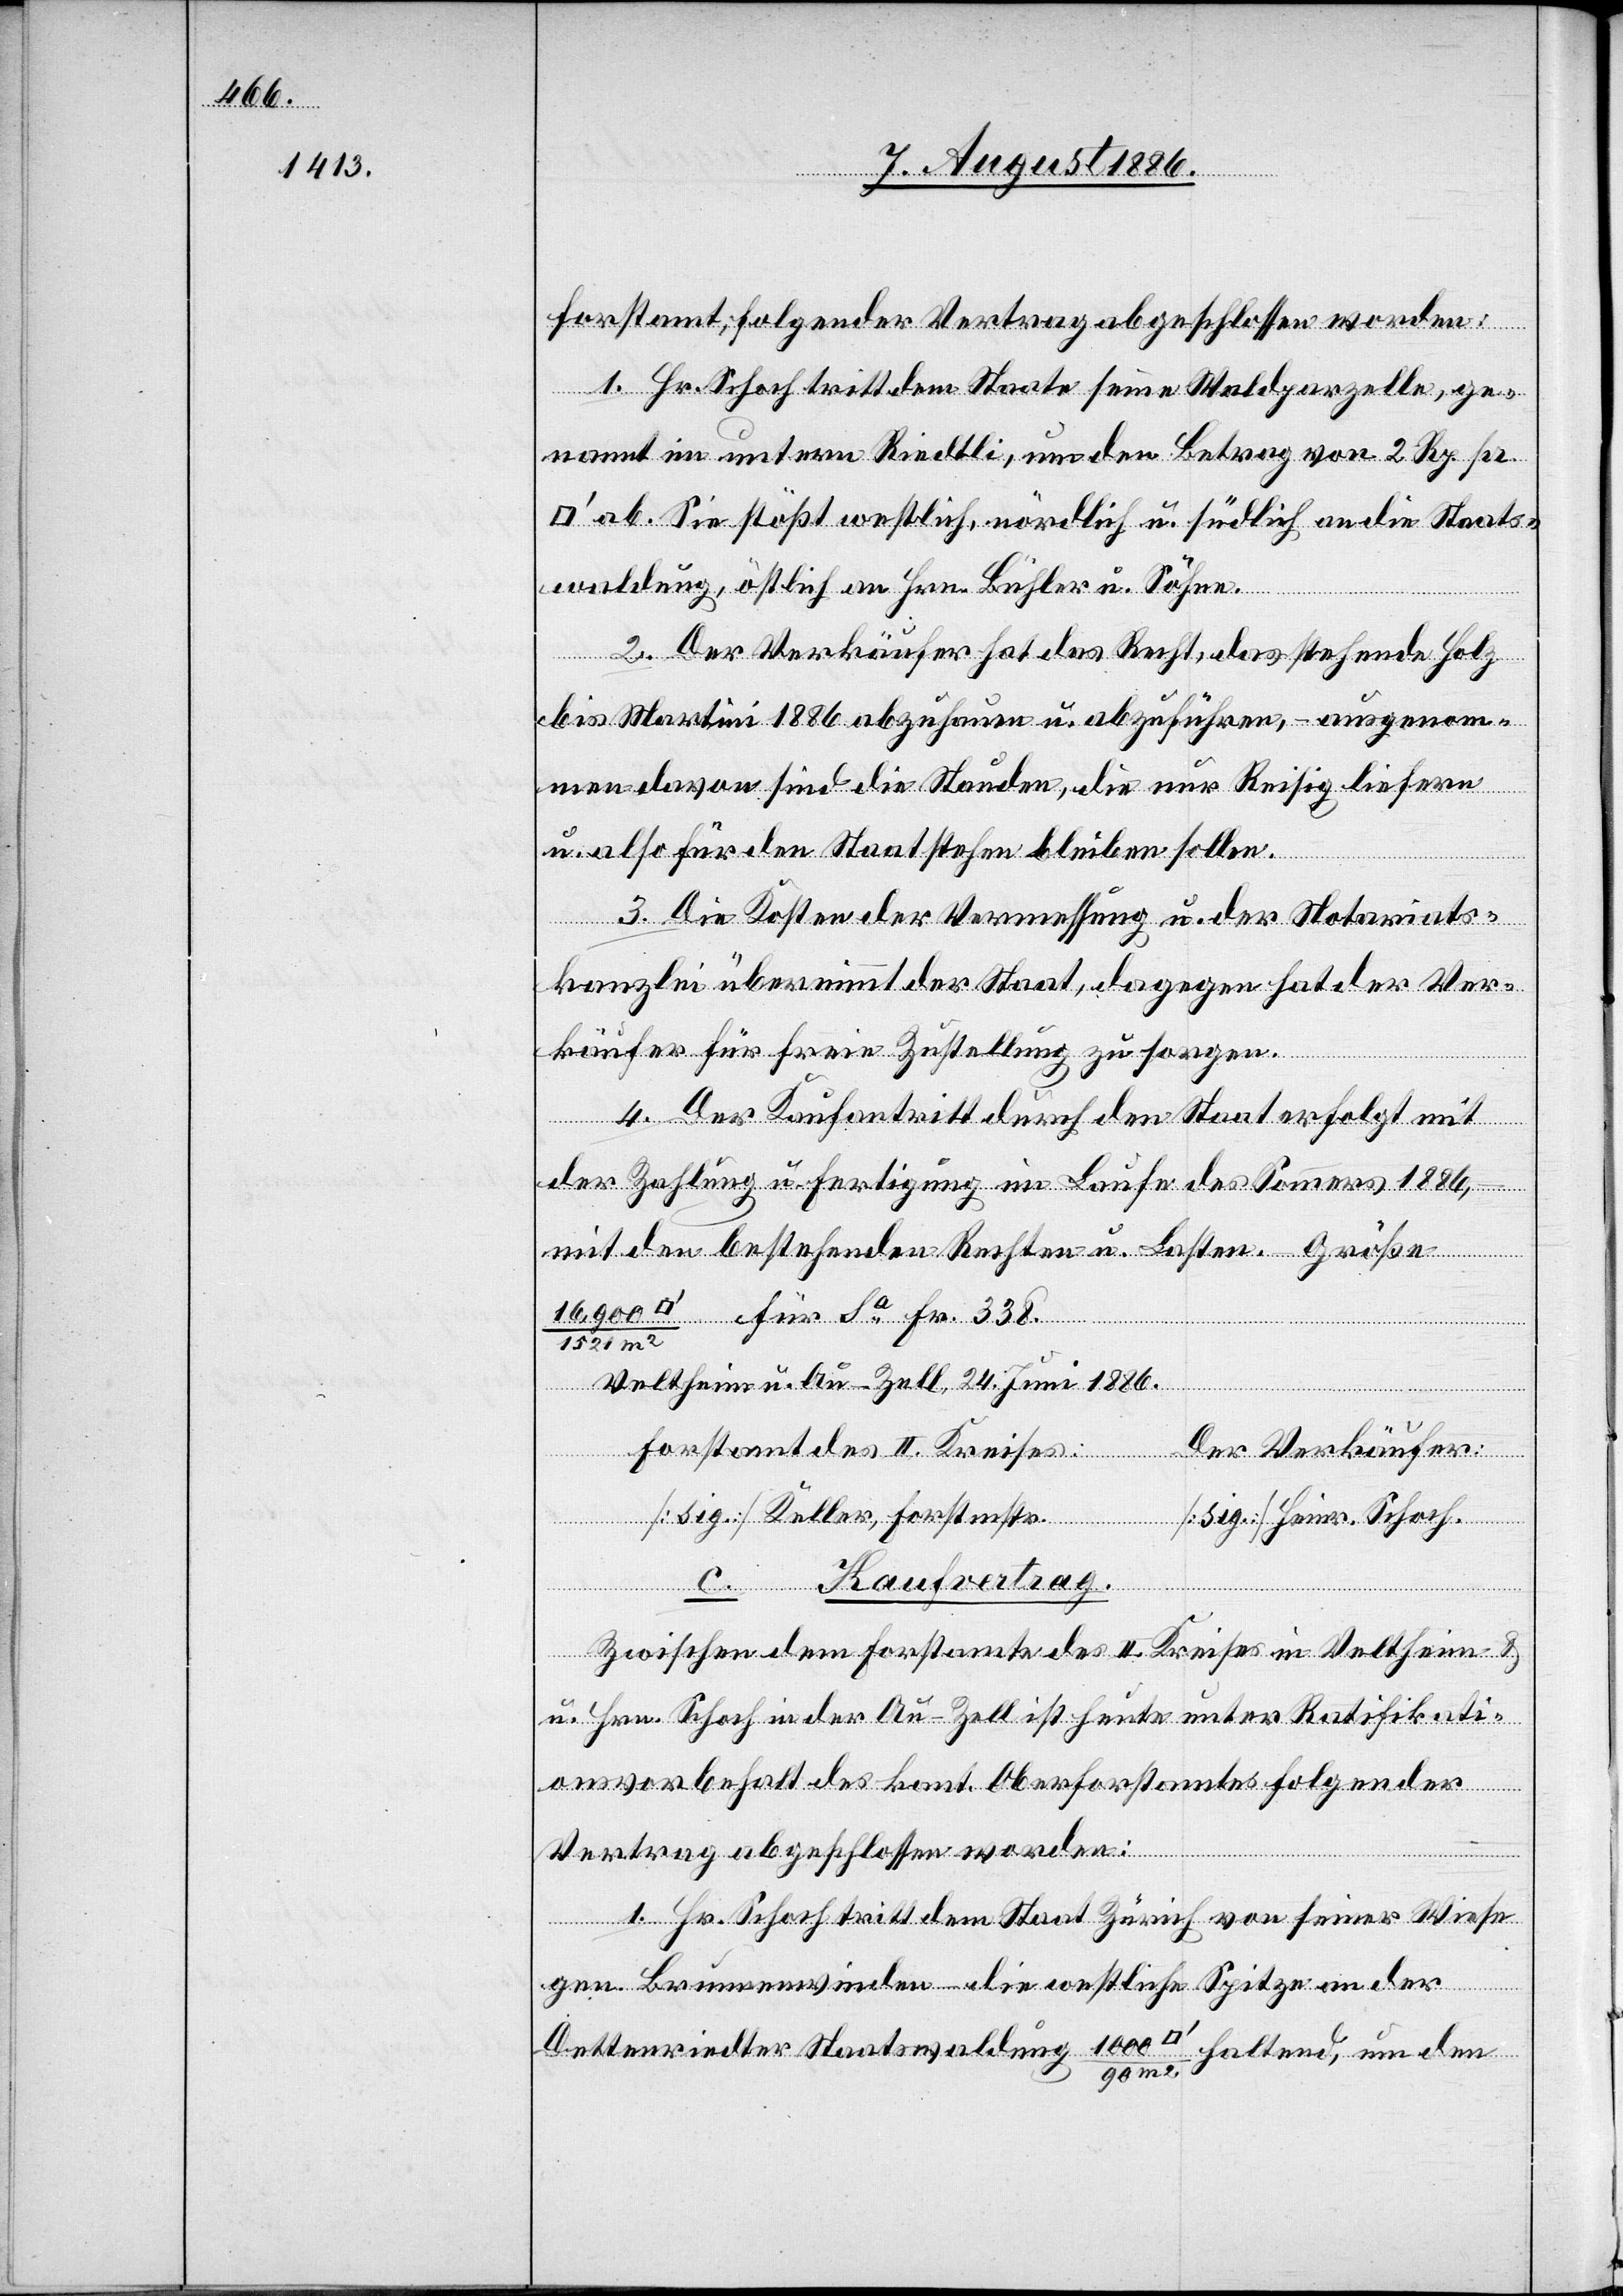
forstamt, folgender Vertrag abgeschlossen worden:
1. Hr. Schoch tritt dem Staate seine Waldparzelle, ge¬
nannt im untern Riedtli, um den Betrag von 2 Rp. pr.
ab. Sie stößt westlich, nördlich u. südlich an die Staats¬
waldung, östlich an Hrn. Bühler u. Söhne.
2. Der Verkäufer hat das Recht, das stehende Holz
bis Martini 1886 abzuhauen u. abzuführen, – ausgenom¬
men davon sind die Stauden, die nur Reisig liefern
u. also für den Staat stehen bleiben sollen.
3. Die Kosten der Vermessung u. der Notariats¬
kanzlei übernimmt der Staat, dagegen hat der Ver¬
käufer für freie Zustellung zu sorgen.
4. Der Kaufantritt durch den Staat erfolgt mit
der Zahlung u. Fertigung im Laufe des Sommers 1886,
mit den bestehenden Rechten u. Lasten. –
Kaufvertrag.
Veltheim u. Au - Zell, 24. Juni 1886.
Forstamt des II. Kreises:
Der Verkäufer:
[sig.] Keller, Forstmstr.
[sig.] Heinr. Schoch.
Zwischen dem Forstamte des II. Kreises in Veltheim &
Hrn. Schoch in der Au - Zell ist heute, unter Ratifikati¬
onsvorbehalt des kant. Oberforstamtes folgender
Vertrag abgeschlossen worden:
1. Hr. Schoch tritt dem Staat Zürich von seiner Wiese
gen. Brunnenwinden die westliche Spitze an der
Dettenriedter Staatswaldung 1000
haltend, um den